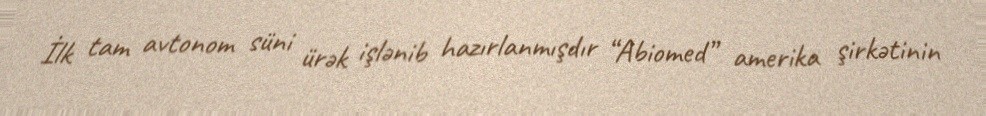
İlk tam avtonom süni ürək işlənib hazırlanmışdır “Abiomed” amerika şirkətinin